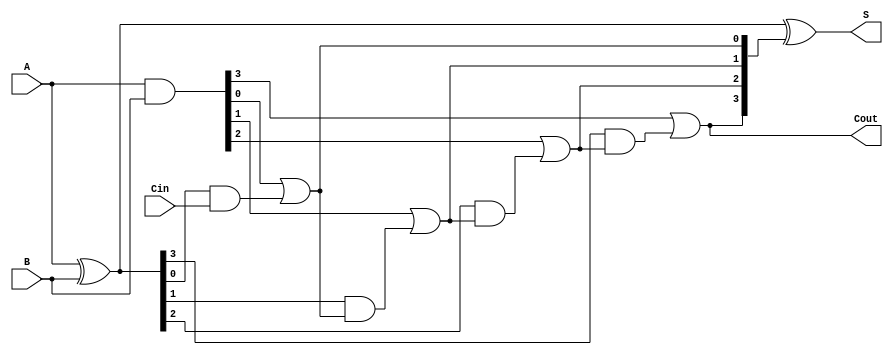
module RippleCarryLookaheadAdder #(parameter N = 4) (
    input  [N-1:0] A,     // First n-bit input
    input  [N-1:0] B,     // Second n-bit input
    input          Cin,    // Carry-in
    output [N-1:0] S,     // n-bit Sum output
    output         Cout     // Carry-out
);

    // Generate and propagate signals
    wire [N-1:0] G; // Generate signals
    wire [N-1:0] P; // Propagate signals
    wire [N:0] C;   // Carry signals

    // Generate and propagate logic
    assign G = A & B;          // G_i = A_i * B_i
    assign P = A ^ B;          // P_i = A_i XOR B_i

    // Carry generation
    assign C[0] = Cin;         // C_0 = Cin
    generate
        genvar i;
        for (i = 0; i < N; i = i + 1) begin: carry_gen
            assign C[i+1] = G[i] | (P[i] & C[i]); // C_i+1 = G_i + (P_i * C_i)
        end
    endgenerate

    // Sum calculation
    assign S = P ^ C[N:1];     // S_i = P_i XOR C_i

    // Carry-out
    assign Cout = C[N];        // Cout = C_n

endmodule